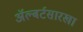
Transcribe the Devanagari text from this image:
अॅल्बर्टसारखा